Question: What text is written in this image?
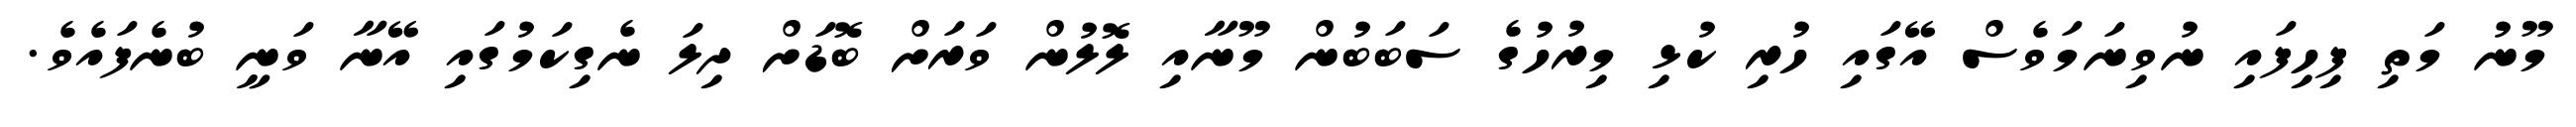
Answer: މޫނު މަތި ފިހިފައި ނުވިނަމަވެސް އޭގައި ހުރި ކުޅި މިރުހުގެ ސަބަބުން މޫނާއި ލޮލުން ވަރަށް ބޮޑަށް ދިލަ ނެގިކަމުގައި އޭނާ ވަނީ ބުނެފައެވެ.